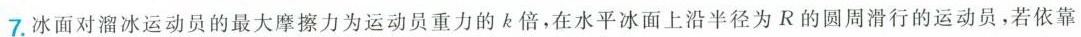
7.冰面对溜冰运动员的最大摩擦力为运动员重力的k倍，在水平冰面上沿半径为R的圆周滑行的运动员，若依靠